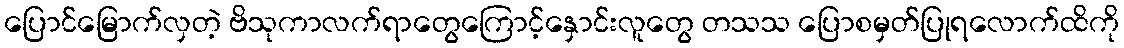
ပြောင်မြောက်လှတဲ့ ဗိသုကာလက်ရာတွေကြောင့်နှောင်းလူတွေ တသသ ပြောစမှတ်ပြုရလောက်ထိကို